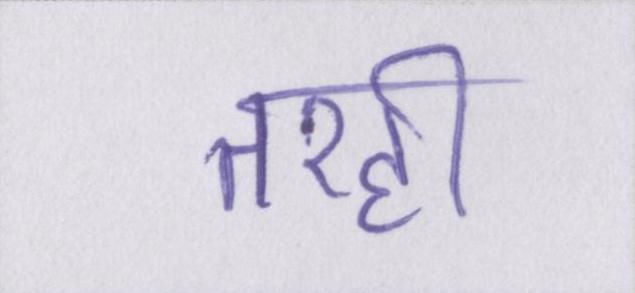
तरही